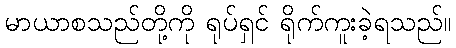
မာယာစသည်တို့ကို ရုပ်ရှင် ရိုက်ကူးခဲ့ရသည်။